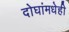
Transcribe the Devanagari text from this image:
दोघांमधेही